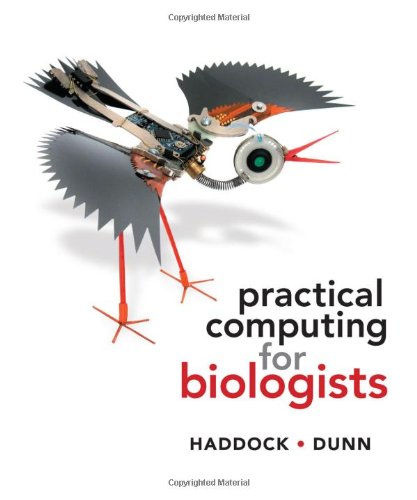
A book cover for Practical Computing for Biologists; Steven Haddock; Computers & Technology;